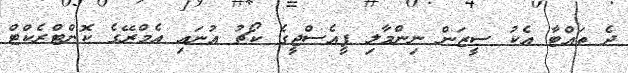
ދެ ތައްޓާ އެކު ސީޒަން ނިންމާލި ޕީއެސްޖީގެ ކޯޗު އުނައި އެމްރޭގެ ކޮންޓްރެކްޓް